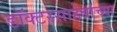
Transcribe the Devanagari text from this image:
डॉक्टरसाहेबांच्या